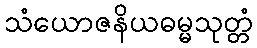
သံယောဇနိယဓမ္မသုတ္တံ